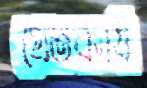
প্রেতকার্য